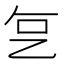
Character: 𬼟